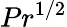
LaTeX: Pr^{1/2}